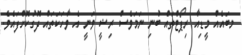
މބައެއް މީޑިއާ ރިޕޯޓްތައް ބުނި ނަމަވެސް ރިޝީ ވަނީ އެ ވާހަކަތައް ދޮގުކޮށްފައެވެ.